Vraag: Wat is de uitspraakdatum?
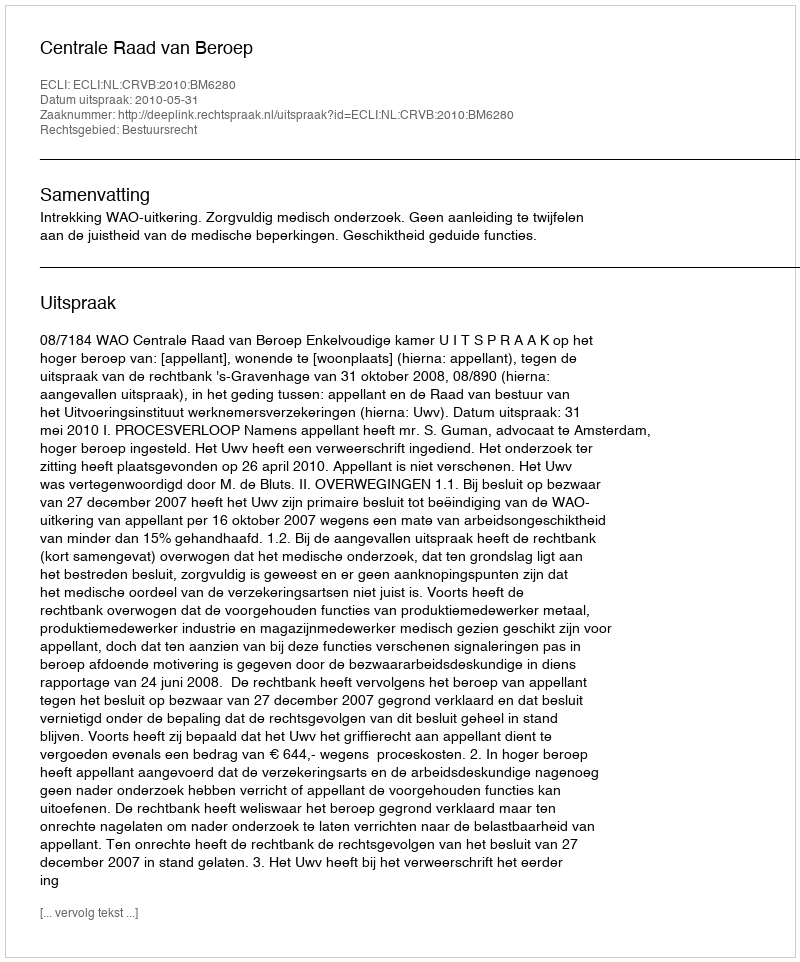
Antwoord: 2010-05-31